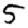
Digit: 5